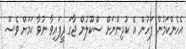
އެހެންކަމުން ފަހުން އެ ކުދިންނަށް ސްކޫލުން ޖާގަ ދީފައިވާ ނުވާ ކަމަށް ވެސް